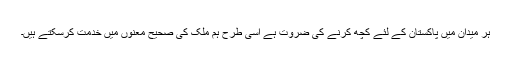
ہر میدان میں پاکستان کے لئے کچھ کرنے کی ضروت ہے اسی طرح ہم ملک کی صحیح معنوں میں خدمت کرسکتے ہیں۔